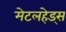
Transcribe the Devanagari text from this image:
मेटलहेड्स